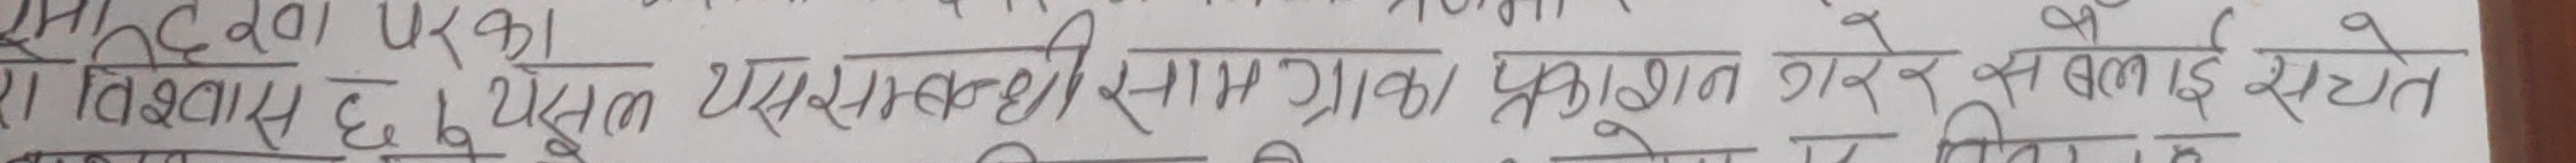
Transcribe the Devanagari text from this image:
हर विषयमा विश्वास छ । यस सम्बन्धी सामग्री प्रकाशित गरिने जानकारी छ।